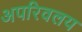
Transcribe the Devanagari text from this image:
अपरिवलय